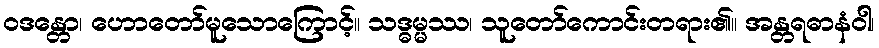
ဝဒန္တော၊ ဟောတော်မူသောကြောင့်။ သဒ္ဓမ္မဿ၊ သူတော်ကောင်းတရား၏။ အန္တရဓာနံဝါ၊